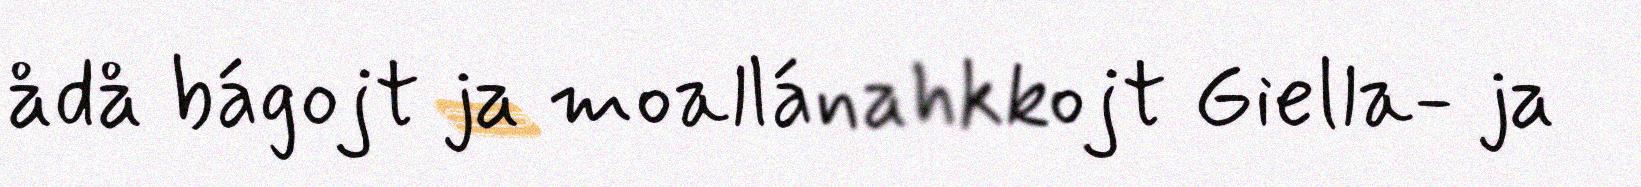
ådå bágojt ja moallánahkkojt Giella- ja